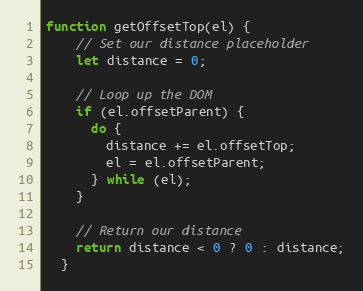
Language: JavaScript
function getOffsetTop(el) {
    // Set our distance placeholder
    let distance = 0;

    // Loop up the DOM
    if (el.offsetParent) {
      do {
        distance += el.offsetTop;
        el = el.offsetParent;
      } while (el);
    }

    // Return our distance
    return distance < 0 ? 0 : distance;
  }